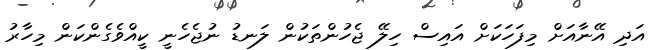
އަދި އޭނާއަށް މިފަހަކަށް އައިސް ހިލޭ ޖެހުންތަކުން ލަނޑު ނުޖެހެނީ ކީއްވެގެންކަން މިހާރު